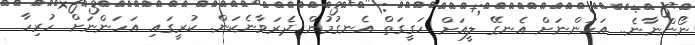
ނޯންނާނެ.. އަހަންނަށް އެނގޭ ލީއަށް ހަގީގަތް އެނގުމުން ދެރަވާނެކަން. ކުރީގައި އަހަންނަށް ހުރިހާ